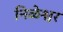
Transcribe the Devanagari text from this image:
निळेश्वर